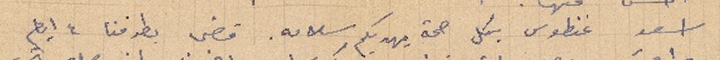
اسعد غنطوس بكل صحة يهديكم سلامه. قضى بطرفنا ٤ ايام